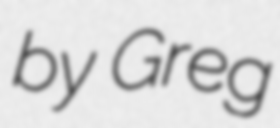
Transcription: by Greg